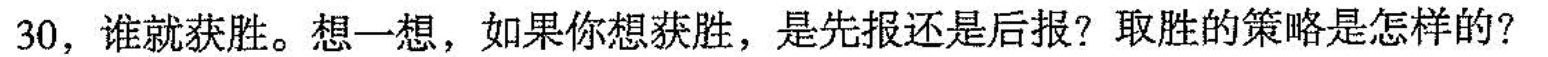
30，谁就获胜。想一想，如果你想获胜，是先报还是后报? 取胜的策略是怎样的?